Calcutta medical institutions reports 1892-1900
Year: 1892
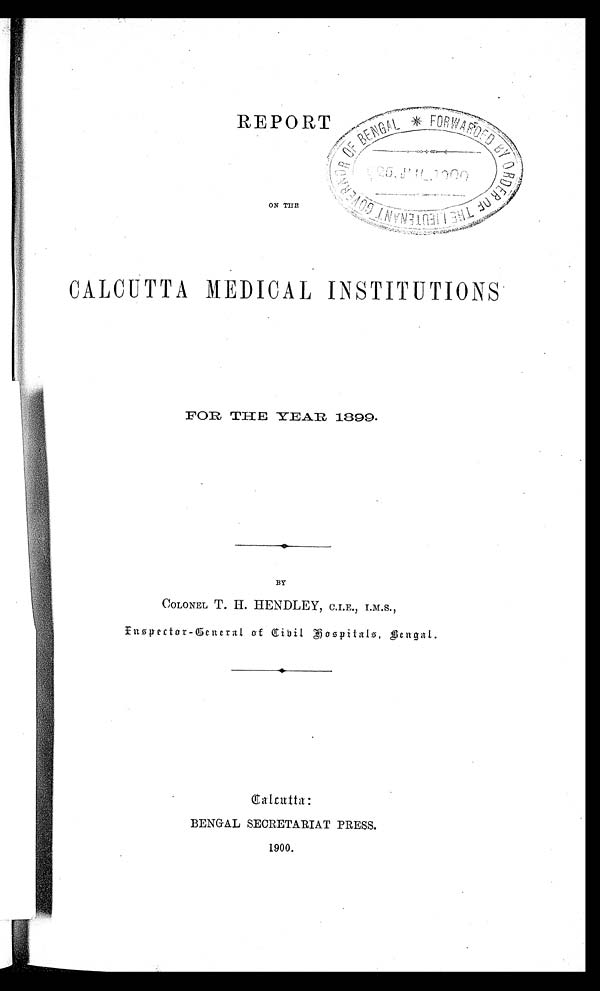
REPORT
ON THE
CALCUTTA MEDICAL INSTITUTIONS
FOR THE YEAR 1899.
BY
COLONEL T. H. HENDLEY,
C.I.E., I.M.S., Inspector-General of Civil Hospitals, Bengal.
.
Calcutta:
BENGAL SECRETARIAT PRESS.
1900.